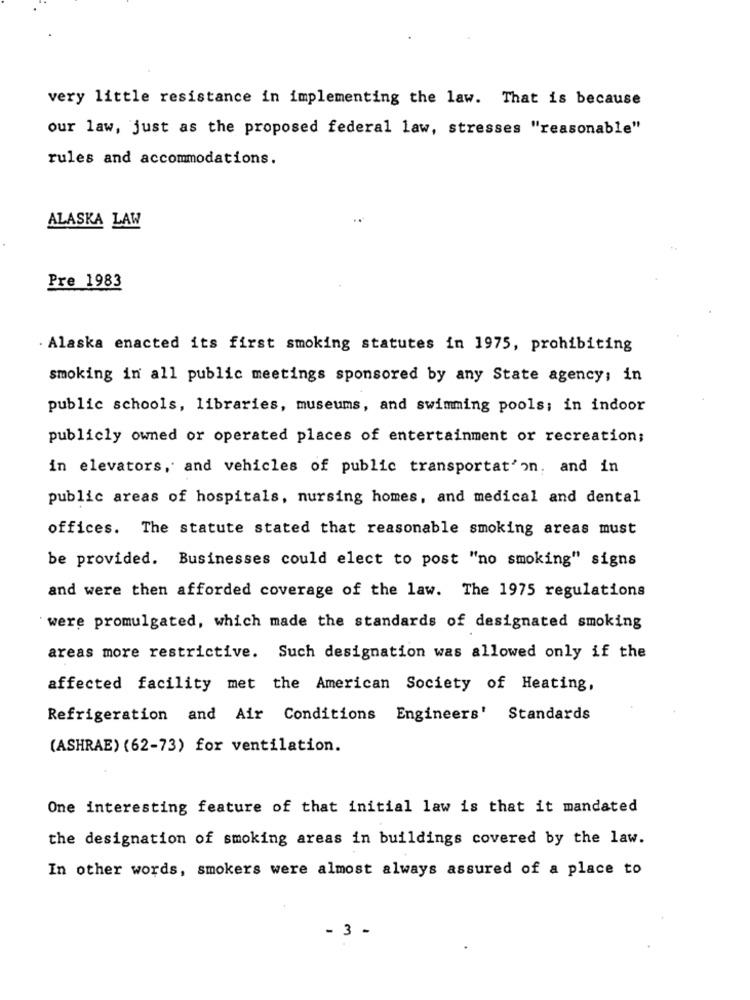
very little resistance in implementing the law. That is because
our law, just as the proposed federal law, stresses "reasonable"
rules and accommodations.
ALASKA LAW
Pre 1983
. Alaska enacted its first smoking statutes in 1975, prohibiting
smoking in all public meetings sponsored by any State agency; in
public schools, libraries, museums, and swimming pools; in indoor
publicly owned or operated places of entertainment or recreation;
in elevators, and vehicles of public transportat'on, and in
public areas of hospitals, nursing homes, and medical and dental
offices. The statute stated that reasonable smoking areas must
be provided. Businesses could elect to post "no smoking" signs
and were then afforded coverage of the law. The 1975 regulations
were promulgated, which made the standards of designated smoking
areas more restrictive. Such designation was allowed only if the
affected facility met the American Society of Heating,
Refrigeration and Air Conditions Engineers' Standards
(ASHRAE) (62-73) for ventilation.
One interesting feature of that initial law is that it mandated
the designation of smoking areas in buildings covered by the law.
In other words, smokers were almost always assured of a place to
- 3 -